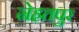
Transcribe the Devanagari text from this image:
नेहतपुर